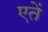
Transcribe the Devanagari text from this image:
एतें